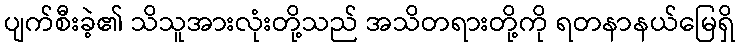
ပျက်စီးခဲ့၏ သိသူအားလုံးတို့သည် အသိတရားတို့ကို ရတနာနယ်မြေရှိ